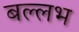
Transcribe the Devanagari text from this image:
बल्‍लभ